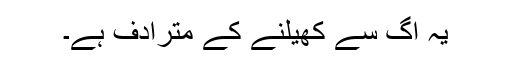
یہ آگ سے کھیلنے کے مترادف ہے۔